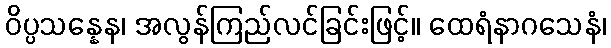
ဝိပ္ပသန္နေန၊ အလွန်ကြည်လင်ခြင်းဖြင့်။ ထေရံနာဂသေနံ၊